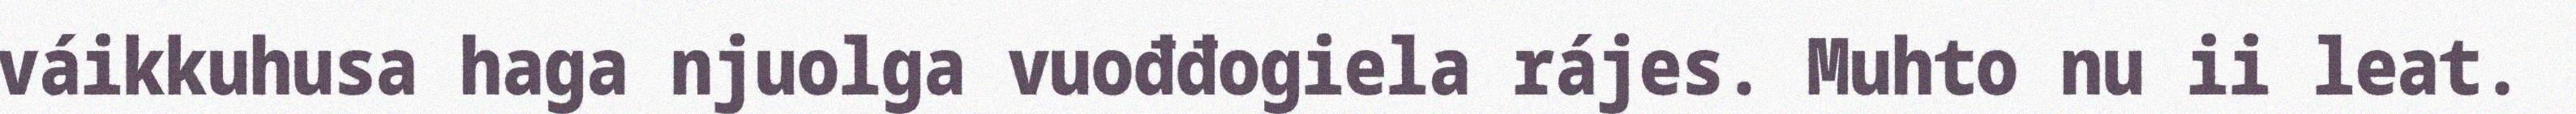
váikkuhusa haga njuolga vuođđogiela rájes. Muhto nu ii leat.